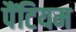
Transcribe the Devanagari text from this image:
पैंटियम